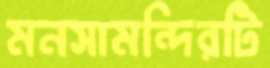
মনসামন্দিরটি